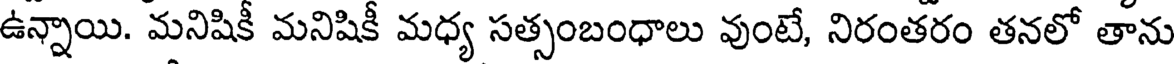
ఉన్నాయి. మనిషికీ మనిషికీ మధ్య సత్సంబంధాలు వుంటే, నిరంతరం తనలో తాను